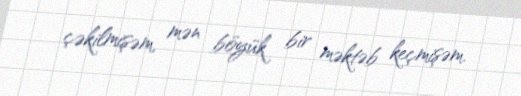
çəkilmişəm, mən böyük bir məktəb keçmişəm.